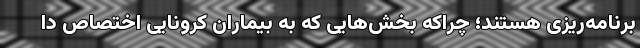
برنامه‌ریزی هستند؛ چراکه بخش‌هایی که به بیماران کرونایی اختصاص دا